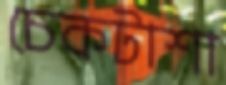
চেকটাশা